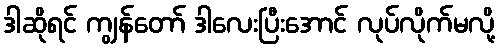
ဒါဆိုရင် ကျွန်တော် ဒါလေးပြီးအောင် လုပ်လိုက်မလို့